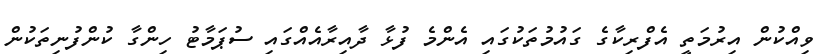
ވިއްކުން އިރުމަތީ އެފްރިކާގެ ގައުމުތަކުގައި އެންމެ ފުޅާ ދާއިރާއެއްގައި ސުޕަމާޓު ހިންގާ ކުންފުނިތަކުން